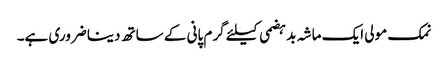
نمک مولی ایک ماشہ بدہضمی کیلئے گرم پانی کے ساتھ دینا ضروری ہے۔